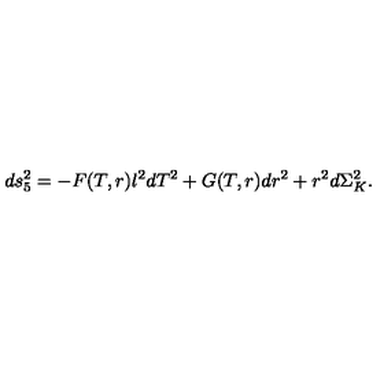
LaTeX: d s _ { 5 } ^ { 2 } = - F ( T , r ) l ^ { 2 } d T ^ { 2 } + G ( T , r ) d r ^ { 2 } + r ^ { 2 } d \Sigma _ { K } ^ { 2 } .